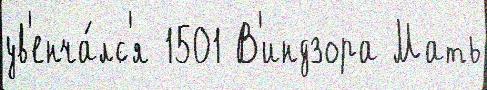
ув'енча́лс'я 1501 В'индзора Мать